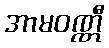
အာမဝဏ္ဏီ